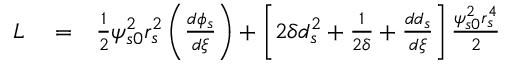
\begin{array} { r l r } { L } & { { } = } & { \frac { 1 } { 2 } \psi _ { s 0 } ^ { 2 } r _ { s } ^ { 2 } \left( \frac { d \phi _ { s } } { d \xi } \right) + \left[ 2 \delta d _ { s } ^ { 2 } + \frac { 1 } { 2 \delta } + \frac { d d _ { s } } { d \xi } \right] \frac { \psi _ { s 0 } ^ { 2 } r _ { s } ^ { 4 } } { 2 } } \end{array}